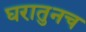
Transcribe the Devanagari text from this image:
घरातुनच